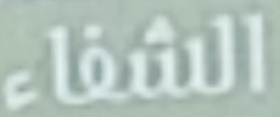
الشفاء